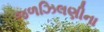
જળઝિલણીના